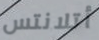
أتلانتس